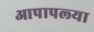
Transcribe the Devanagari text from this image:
आपापल्‍या